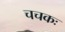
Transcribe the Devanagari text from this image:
चचकः